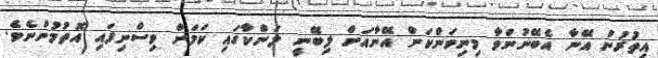
އިތުރުން އޭނާ އެބޭނުންވާ މިނިވަންކަން އޭނާއަށް ލިބޭނީ ލަންކާގައި ކަމަށް ވިސްނިފައި އޮތުމުންނެވެ.